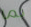
بما